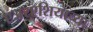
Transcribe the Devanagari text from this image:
एअरएशियाच्या